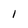
Character: l